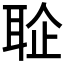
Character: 𦕫